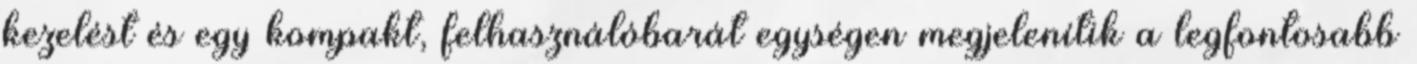
kezelést és egy kompakt, felhasználóbarát egységen megjelenítik a legfontosabb